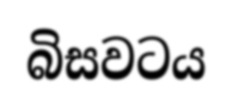
බිසවටය